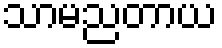
သာမညတာယ